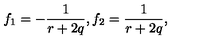
f _ { 1 } = - \frac { 1 } { r + 2 q } , f _ { 2 } = \frac { 1 } { r + 2 q } ,